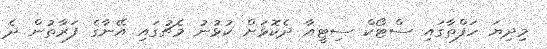
މިދިޔަ ހަފްތާގައި ސްޓޯކް ސިޓީއާ ދެކޮޅަށް ކުޅުނު މެޗުގައި އޭނާގެ ފަރާތުން ދެ